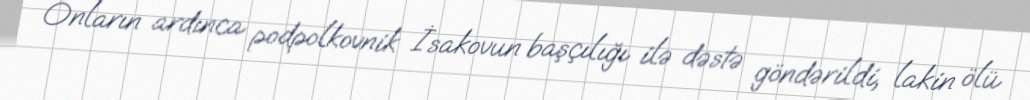
Onların ardınca podpolkovnik İsakovun başçılığı ilə dəstə göndərildi, lakin ölü